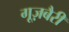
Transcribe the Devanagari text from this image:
गूज़बैरी